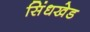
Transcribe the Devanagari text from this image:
सिंधखेड